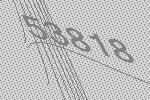
53818